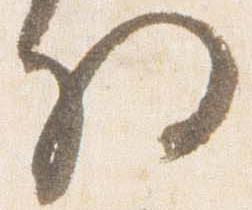
将